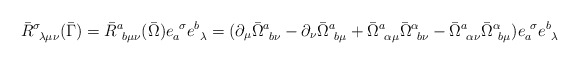
\begin{align*}\bar{R}^\sigma_{~\lambda \mu \nu } (\bar{\Gamma}) =\bar{R}^a_{~b \mu \nu } (\bar{\Omega}) e_a^{~\sigma} e^b_{~\lambda} =( \partial_\mu \bar{\Omega}^a_{~b \nu} -\partial_\nu \bar{\Omega}^a_{~b \mu}+ \bar{\Omega}^a_{~\alpha \mu} \bar{\Omega}^\alpha_{~b \nu}- \bar{\Omega}^a_{~\alpha \nu} \bar{\Omega}^\alpha_{~b \mu} )e_a^{~\sigma} e^b_{~\lambda}\end{align*}